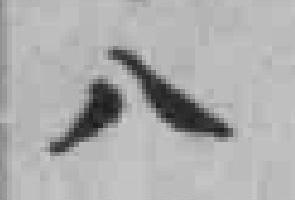
八